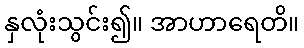
နှလုံးသွင်း၍။ အာဟာရေတိ။